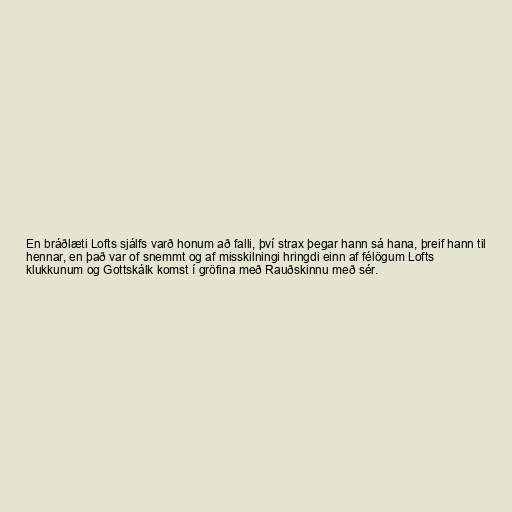
En bráðlæti Lofts sjálfs varð honum að falli, því strax þegar hann sá hana, þreif hann til
hennar, en það var of snemmt og af misskilningi hringdi einn af félögum Lofts
klukkunum og Gottskálk komst í gröfina með Rauðskinnu með sér.